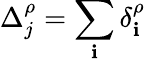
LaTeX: \Delta_{j}^{\rho}=\sum_{\mathbf{i}}\delta_{\mathbf{i}}^{\rho}